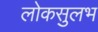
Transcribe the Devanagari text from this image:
लोकसुलभ